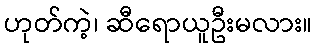
ဟုတ်ကဲ့၊ ဆီရောယူဦးမလား။